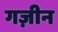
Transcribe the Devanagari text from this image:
गज़ीन